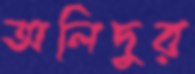
অলিদুর